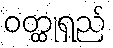
ဝတ္ထုရှည်